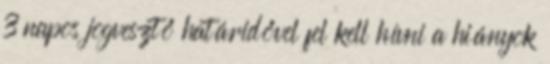
3 napos jogvesztő határidővel fel kell hívni a hiányok